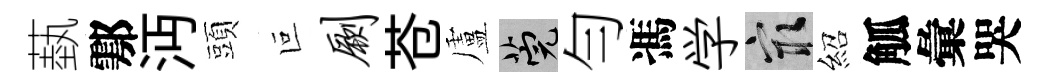
蓺鄠沔頭叵劂苍盧筦勻馮学冣紹觚彙哭